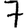
Digit: 7